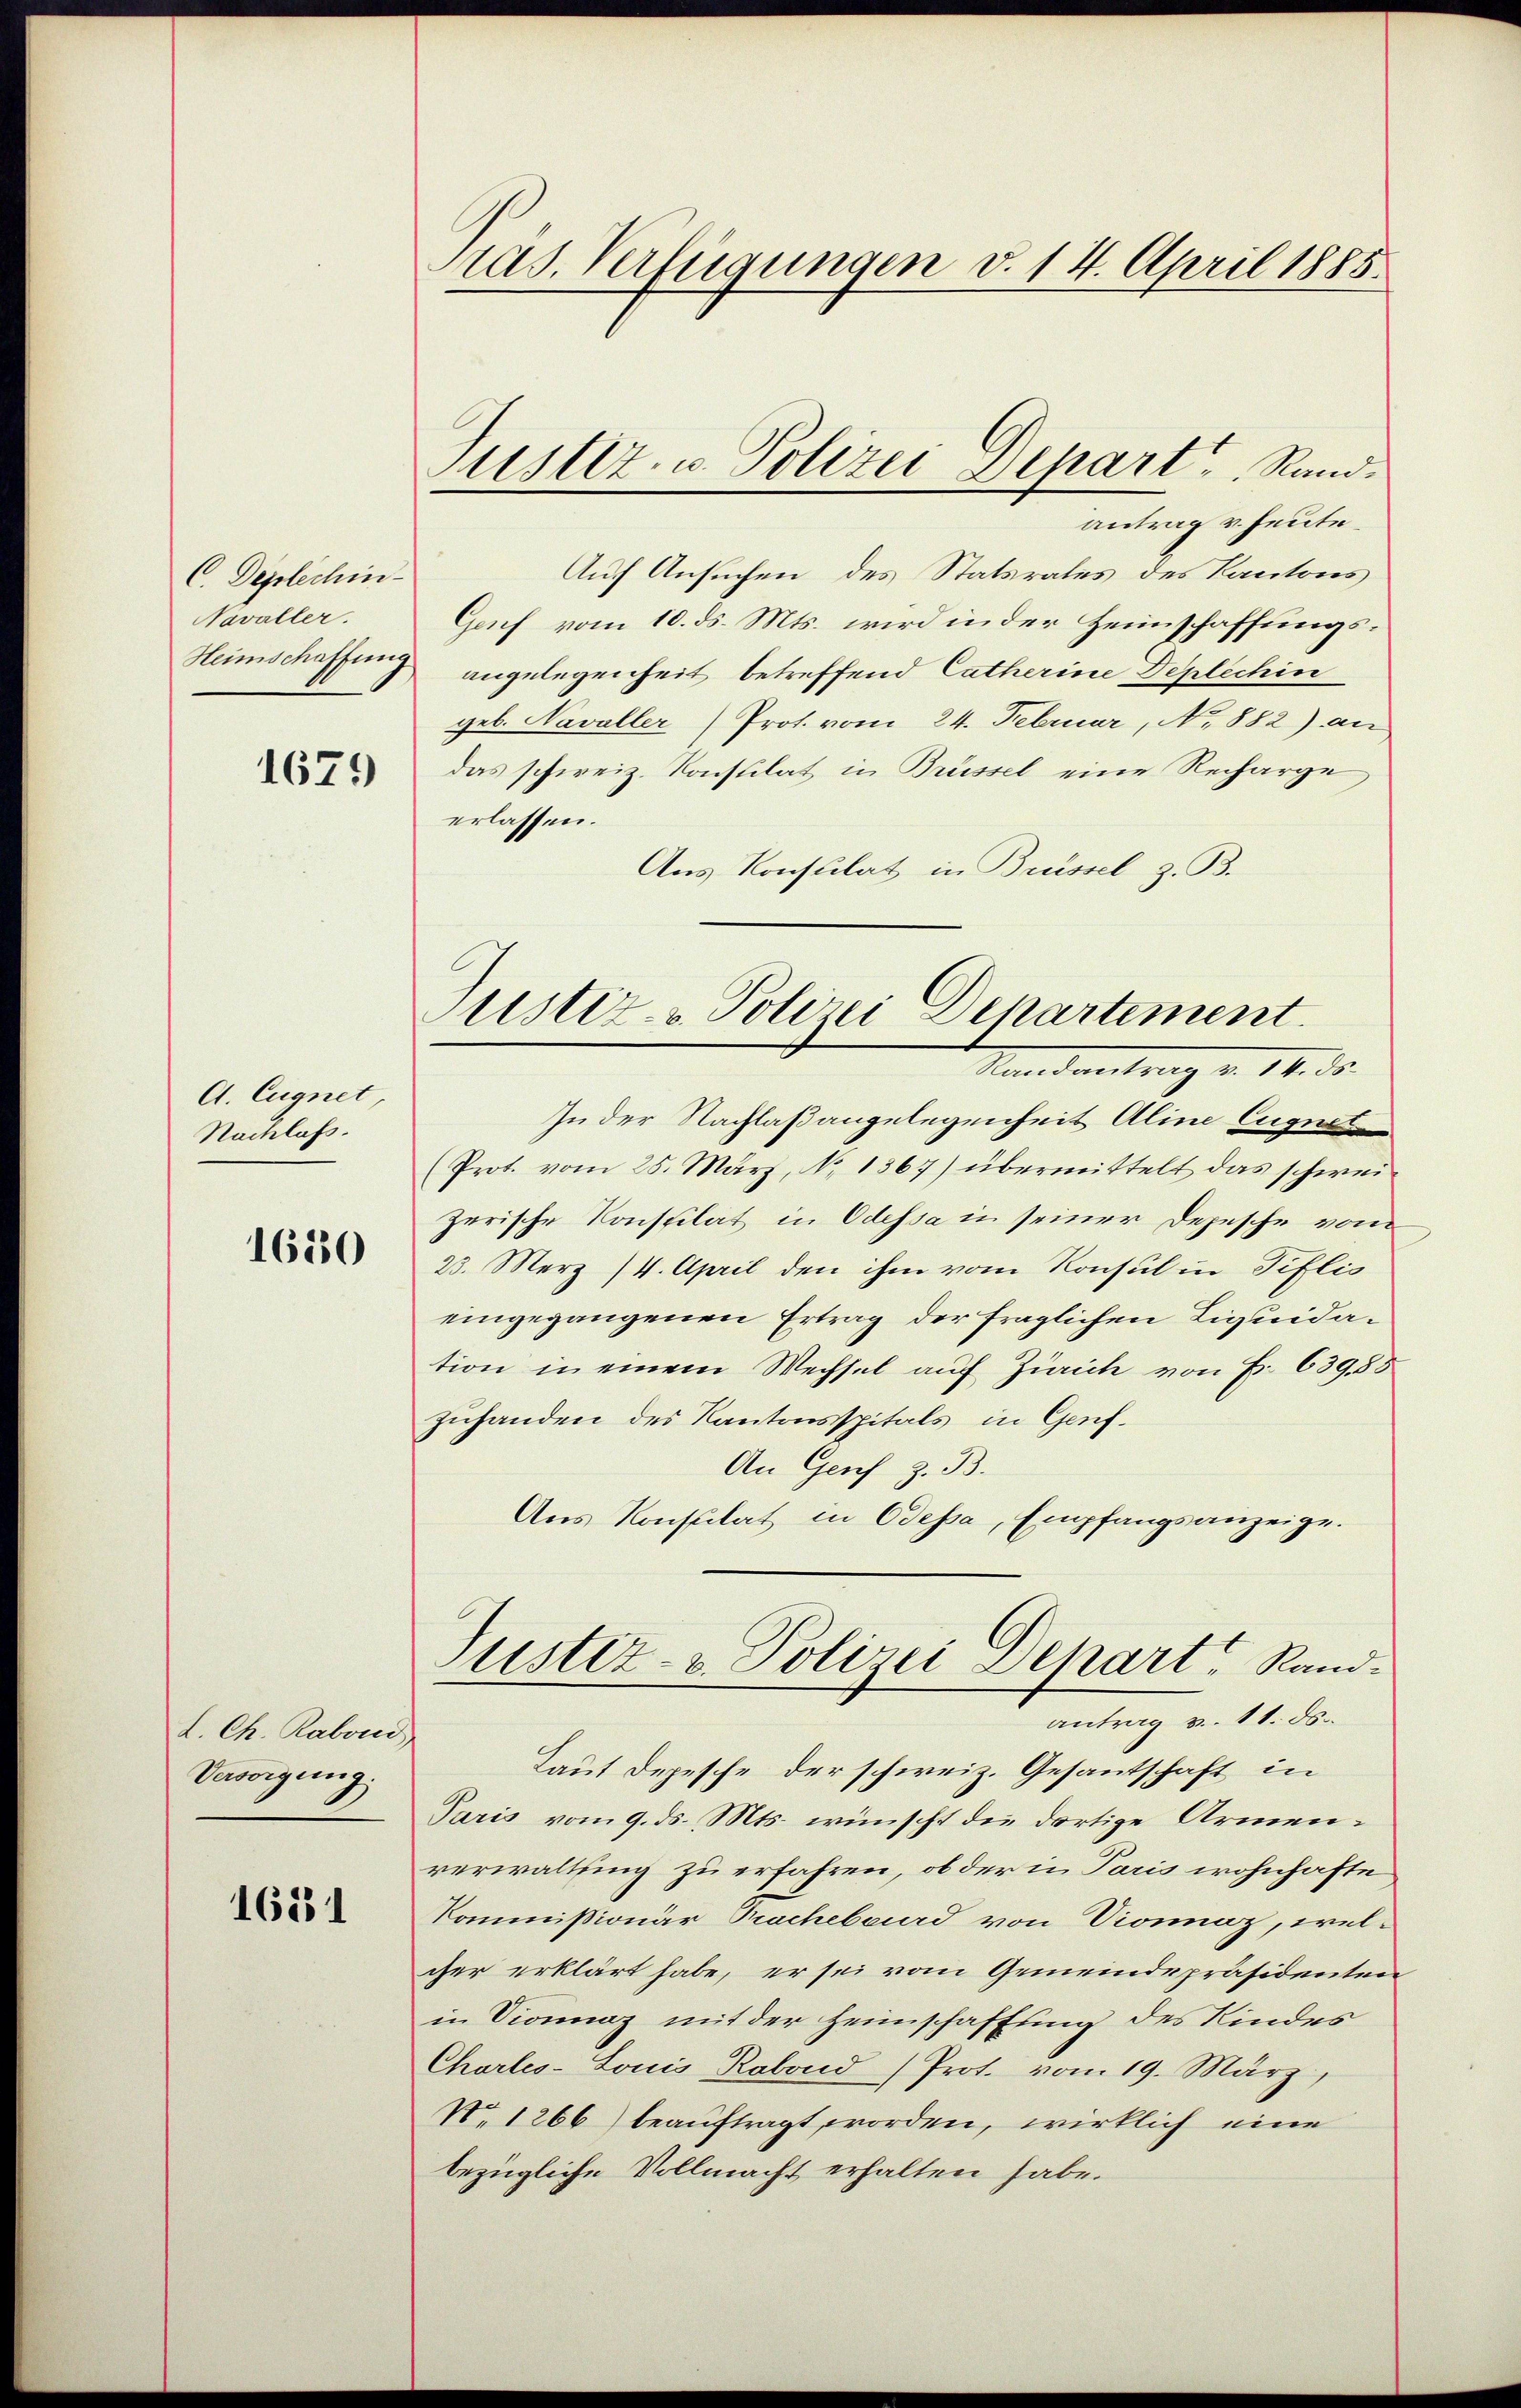
C. Deplechin
Navaller.
Heimschaffung

1679

A. Eugnet
Nachlass.

1680

L. Ch. Rabond
Versorgung

1681

Pras. Verfügungen v. 14. April 1885.

Justiz- u. Polizei Depart Rand.

antrag v. heute.
Auf Ansuchen des Statsrates des Kantons
Gef vom 10. ds. Mts. wird in der Heimschaffungsangelegenheit betreffend Catherine Deplechin
geb. Navaller (Prot. vom 24. Februar, No 882) an
das schweiz. Konsulat in Brüssel eine Recharge
erlassen.
Aus Konsulat in Brissel z. B.

Justiz- & Polizei Departement.
Stand               14. d.
In der Nachlaßangelegenheit Aline Eugnet

(Prot. vom 25. März, No 1367) übermittelt das schwei
zerische Konsulat in Odessa in seiner Depesche vom
23. Merz (4. April den ihm vom Konsul in Tiflis
eingegangenen Ertrag der fraglichen Liquidation in einem Wechsel auf Zürich von Fr. 639,88
zuhanden des Kantonsspitals in Genf.
An Genf z. B.
Aus Konsulat in Odessa, Empfangsanzeige.
Justiz- & Polizei Depart, Randantrag u. 11. ds.
Laut Depesche der schweiz. Gesantschaft in
Paris vom 9. ds. Mts. wünscht die dortige Armenverwaltung zu erfahren, ob der in Paris wohnhafte
Kommißionär Racheband von Vionnaz, wel-
cher erklärt habe, er sei vom Gemeindepräsidentei
in Vionnaz mit der Heimschaffung des Kindes
Charles-Louis Rabond (Prot. vom 19. März,
No. 1266) beauftragt worden, wirklich eine
bezügliche Vollmacht erhalten habe.